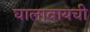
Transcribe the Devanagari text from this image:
घालावायची